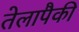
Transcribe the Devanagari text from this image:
तेलापैकी